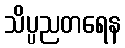
သိပ္ပညတရေန